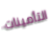
التأمينات